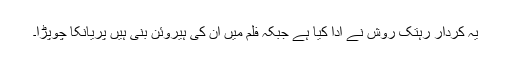
یہ کردار رہتک روش نے ادا کیا ہے جبکہ فلم میں ان کی ہیروئن بنی ہیں پریانکا چوپڑا۔